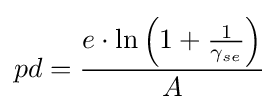
pd={\frac {e\cdot \ln \left(1+{\frac {1}{{\mathit {\gamma }}_{se}}}\right)}{A}}